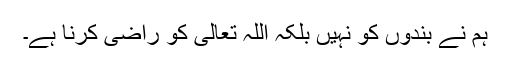
ہم نے بندوں کو نہیں بلکہ اللہ تعالیٰ کو راضی کرنا ہے۔